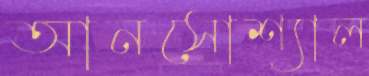
আনসোশ্যাল